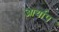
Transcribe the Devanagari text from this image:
आर्याप